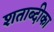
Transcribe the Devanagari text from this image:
शताब्दीका